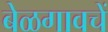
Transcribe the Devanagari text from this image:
बेळगावचें